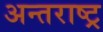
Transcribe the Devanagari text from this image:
अन्तराष्ट्र